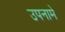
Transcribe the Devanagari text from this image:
उपनामे